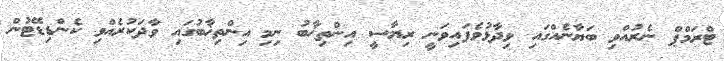
ޓްރަމްޕް ނެރުއްވި ބަޔާނެއްގައި ވިދާޅުވެފައިވަނީ ރިޔާސީ އިންތިޚާބު ނިމި އިންތިޚާބުގައި ވާދަކުރެއްވި ކެންޑިޑޭޓުން